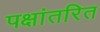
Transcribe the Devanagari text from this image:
पक्षांतरित